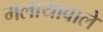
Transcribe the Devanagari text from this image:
मलायावाले